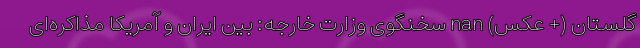
گلستان (+ عکس) nan سخنگوی وزارت خارجه: بین ایران و آمریکا مذاکره‌ای